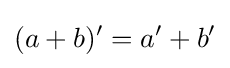
(a+b)'=a'+b'